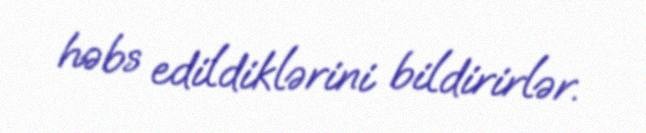
həbs edildiklərini bildirirlər.